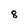
Character: 8